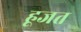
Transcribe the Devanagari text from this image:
हूजत